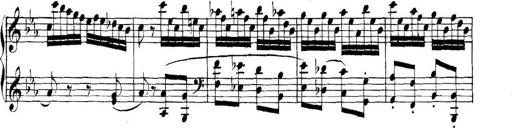
Title: Collected Piano Sonatas
Composer: Muzio Clementi